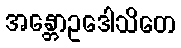
အန္တောဥဒေါသိတေ